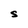
Character: S